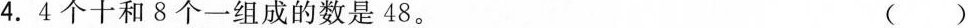
4. 4个十和8个一组成的数是48。 ( )